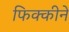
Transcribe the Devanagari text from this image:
फिक्कीने